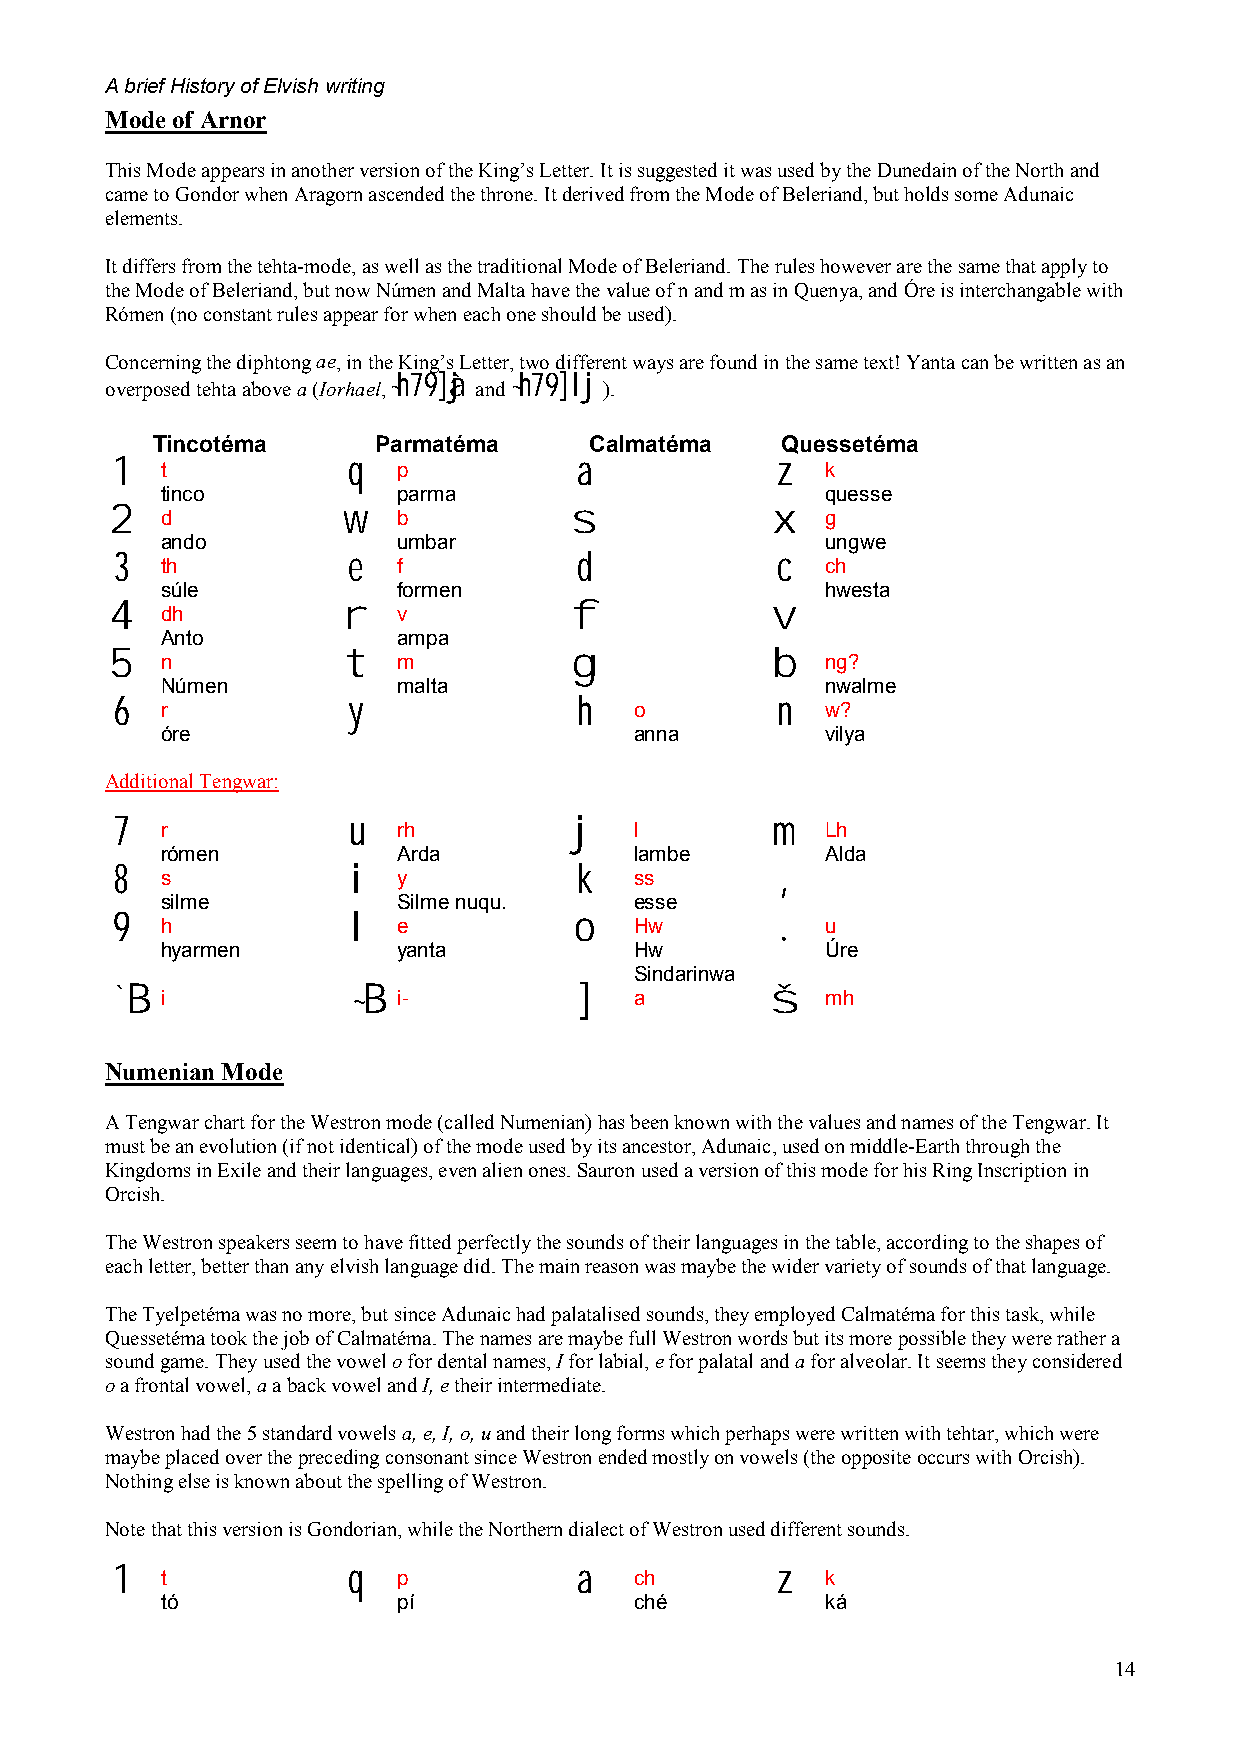
A brief History of Elvish writing
 Mode of Arnor
 This Mode appears in another version of the King’s Letter. It is suggested it was used by the Dunedain of the North and
 came to Gondor when Aragorn ascended the throne. It derived from the Mode of Beleriand, but holds some Adunaic
 elements.
 It differs from the tehta-mode, as well as the traditional Mode of Beleriand. The rules however are the same that apply to
 the Mode of Beleriand, but now Númen and Malta have the value of n and m as in Quenya, and Óre is interchangable with
 Rómen (no constant rules appear for when each one should be used).
 Concerning the diphtong ae, in the King’s Letter, two different ways are found in the same text! Yanta can be written as an
 overposed tehta above a (Iorhael, ~h79]àj and ~h79]lj).
 Tincotéma      Parmatéma     Calmatéma    Quessetéma
 1  t           q  p           a            z   k
 tinco          parma                        quesse
 2   d           w  b           s            x   g
 ando           umbar                        ungwe
 3  th          e  f           d            c   ch
 súle           formen                       hwesta
 4   dh          r  v           f            v
 Anto           ampa
 5   n           t  m           g            b   ng?
 Númen          malta                        nwalme
 6  r           y              h   o        n   w?
 óre                            anna         vilya
 Additional Tengwar:
 7   r           u  rh          j   l        m   Lh
 rómen          Arda            lambe        Alda
 8  s           i  y           k   ss       ,
 silme          Silme nuqu.     esse
 9   h           l  e           o   Hw       .   u
 hyarmen        yanta           Hw           Úre
 Sindarinwa
 ` B i          ~ B i-         ]   a        š   mh
 Numenian Mode
 A Tengwar chart for the Westron mode (called Numenian) has been known with the values and names of the Tengwar. It
 must be an evolution (if not identical) of the mode used by its ancestor, Adunaic, used on middle-Earth through the
 Kingdoms in Exile and their languages, even alien ones. Sauron used a version of this mode for his Ring Inscription in
 Orcish.
 The Westron speakers seem to have fitted perfectly the sounds of their languages in the table, according to the shapes of
 each letter, better than any elvish language did. The main reason was maybe the wider variety of sounds of that language.
 The Tyelpetéma was no more, but since Adunaic had palatalised sounds, they employed Calmatéma for this task, while
 Quessetéma took the job of Calmatéma. The names are maybe full Westron words but its more possible they were rather a
 sound game. They used the vowel o for dental names, I for labial, e for palatal and a for alveolar. It seems they considered
 o a frontal vowel, a a back vowel and I, e their intermediate.
 Westron had the 5 standard vowels a, e, I, o, u and their long forms which perhaps were written with tehtar, which were
 maybe placed over the preceding consonant since Westron ended mostly on vowels (the opposite occurs with Orcish).
 Nothing else is known about the spelling of Westron.
 Note that this version is Gondorian, while the Northern dialect of Westron used different sounds.
 1  t           q  p           a   ch       z   k
 tó             pí              ché          ká
 14